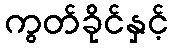
ကွတ်ခိုင်နှင့်